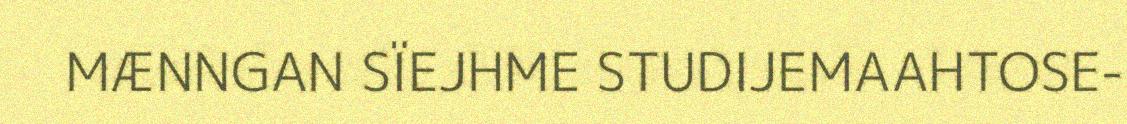
MÆNNGAN SÏEJHME STUDIJEMAAHTOSE-